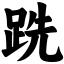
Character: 跣